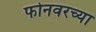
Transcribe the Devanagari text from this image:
फोनवरच्या